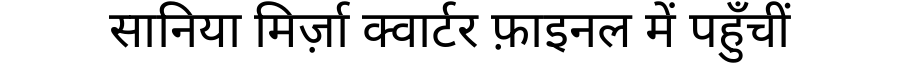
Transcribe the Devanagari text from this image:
सानिया मिर्ज़ा क्वार्टर फ़ाइनल में पहुँचीं